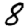
Digit: 8